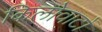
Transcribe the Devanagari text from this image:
किलोवाटों